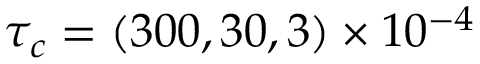
\tau _ { c } = ( 3 0 0 , 3 0 , 3 ) \times 1 0 ^ { - 4 }